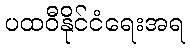
ပထဝီနိုင်ငံရေးအရ